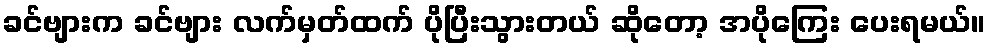
ခင်ဗျားက ခင်ဗျား လက်မှတ်ထက် ပိုပြီးသွားတယ် ဆိုတော့ အပိုကြေး ပေးရမယ်။